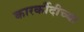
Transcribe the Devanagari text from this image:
कारर्कीदीच्या